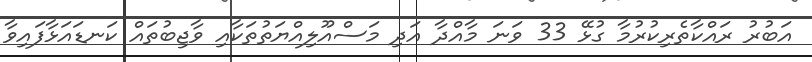
އަބުރު ރައްކާތެރިކުރުމާ ގުޅޭ 33 ވަނަ މާއްދާ އަދި މަސްއޫލިއްޔަތުތަކާއި ވާޖިބުތައް ކަނޑައަޅާފައިވާ